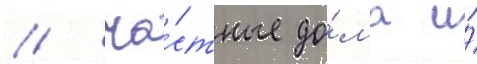
/ ча́стные до́ма и́